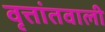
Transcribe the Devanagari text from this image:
वृत्तांतवाली